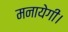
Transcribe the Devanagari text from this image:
मनायेगी।